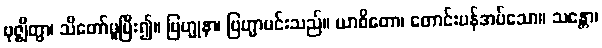
ဗုဇ္ဈိတွာ၊ သိတော်မူပြီး၍။ ဗြဟ္မုနာ၊ ဗြဟ္မာမင်းသည်။ ယာစိတော၊ တောင်းပန်အပ်သော။ သန္တော၊